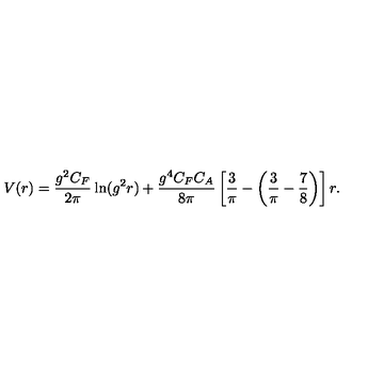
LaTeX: V ( r ) = \frac { g ^ { 2 } C _ { F } } { 2 \pi } \ln ( g ^ { 2 } r ) + \frac { g ^ { 4 } C _ { F } C _ { A } } { 8 \pi } \left[ { \frac { 3 } { \pi } } - \left( { \frac { 3 } { \pi } } - { \frac { 7 } { 8 } } \right) \right] r .